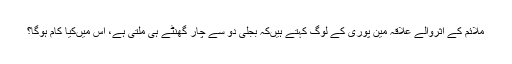
ملائم کے اثروالے علاقہ مین پوری کے لوگ کہتے ہیںکہ بجلی دو سے چار گھنٹے ہی ملتی ہے، اس میںکیا کام ہوگا؟